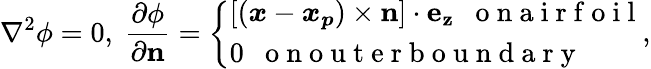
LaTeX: \nabla^{2}\phi=0,~\frac{\partial\phi}{\partial\boldsymbol{\mathrm{n}}}=\left\{ \begin{array}{ll}{[(\boldsymbol{x}-\boldsymbol{x_{p}})\times\boldsymbol{\mathrm{n}}]\cdot\boldsymbol{\mathrm{e_{z}}}~~\mathrm{~o~n~a~i~r~f~o~i~l~}}\\ {0~~\mathrm{~o~n~o~u~t~e~r~b~o~u~n~d~a~r~y~}}\end{array}\right.,